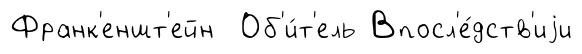
Франк'еншт'ейн Об'и́т'ель Впосл'е́дств'иjи